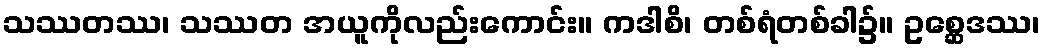
သဿတဿ၊ သဿတ အယူကိုလည်းကောင်း။ ကဒါစိ၊ တစ်ရံတစ်ခါ၌။ ဥစ္ဆေဒဿ၊